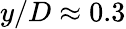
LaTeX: y/D\approx 0.3